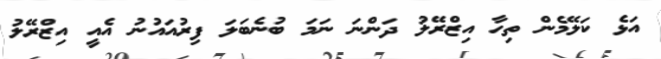
އަޅެ ކަލޭމެން ތިހާ އިޒްރޭލު ދަންނަ ނަމަ ބުނެބަލަ ފިރުއައުނު އެއީ އިޒްރޭލު